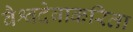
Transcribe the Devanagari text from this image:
वैश्वदेवाकरिता